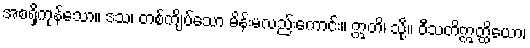
အစရှိကုန်သော။ ဒသ၊ တစ်ကျိပ်သော မိန်းမလည်းကောင်း။ ဣတိ၊ သို့။ ဝီသတိဣတ္ထိယော၊